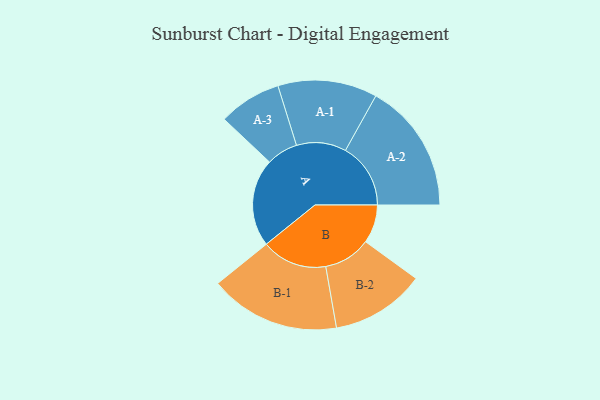
{"axis": {"x": "Segment", "y": "Value"}, "legend": ["", "A", "B"], "data": [{"x": "A", "y": 386, "type": ""}, {"x": "B", "y": 169, "type": ""}, {"x": "A-1", "y": 218, "type": "A"}, {"x": "A-2", "y": 286, "type": "A"}, {"x": "A-3", "y": 138, "type": "A"}, {"x": "B-1", "y": 287, "type": "B"}, {"x": "B-2", "y": 207, "type": "B"}]}